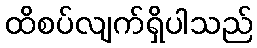
ထိစပ်လျက်ရှိပါသည်